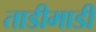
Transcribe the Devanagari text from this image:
ताडीमाडी